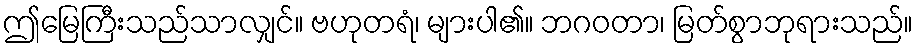
ဤမြေကြီးသည်သာလျှင်။ ဗဟုတရံ၊ များပါ၏။ ဘဂဝတာ၊ မြတ်စွာဘုရားသည်။